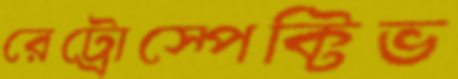
রেট্রোস্পেক্টিভ